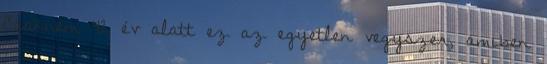
Csaknem 42 év alatt ez az egyetlen vegyszer, amiben